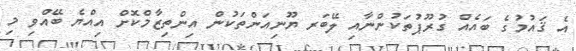
އެ ޤައުމުގެ ބައެއް ގުރޫޕުތަކުންނާއި ލޭބަރ ޔޫނިއަންތަކުން އިންތިޒާމްކޮށް އިއްޔެ ބޭއްވި މި